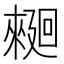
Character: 𰂿